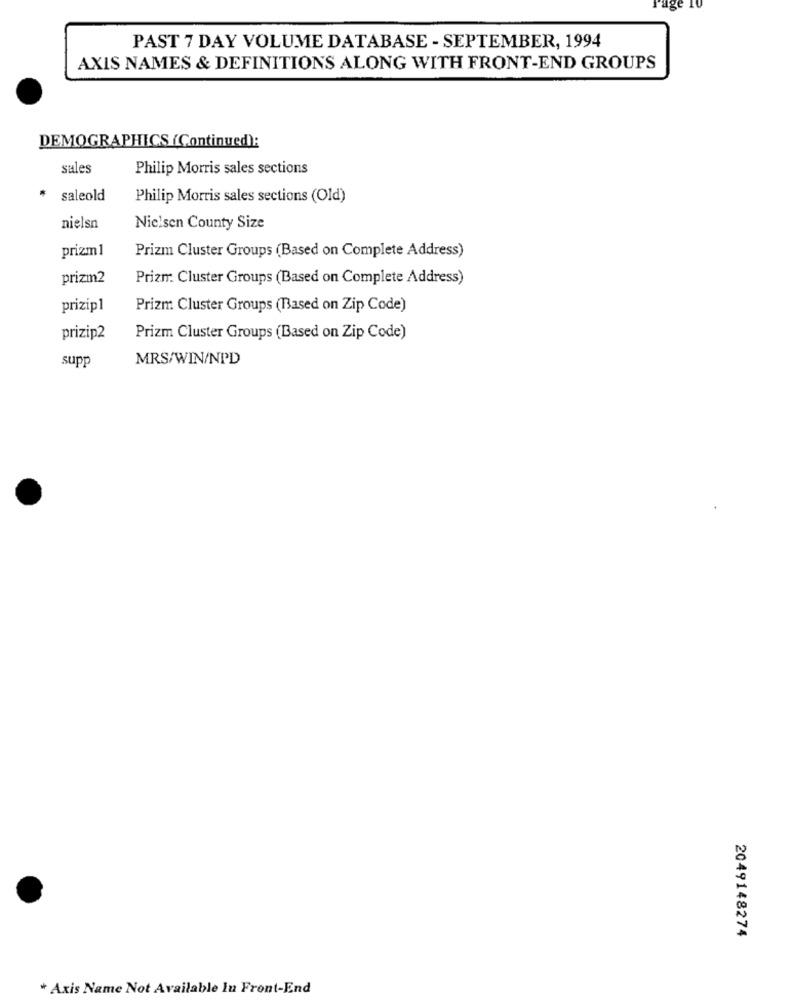
PAST 7 DAY VOLUME DATABASE - SEPTEMBER, 1994
AXIS NAMES & DEFINITIONS ALONG WITH FRONT-END GROUPS
DEMOGRAPHICS (Continued):
sales
Philip Morris sales sections
saleold
Philip Morris sales sections (Old)
nielsn
Nielsen County Size
prizm1
Prizm Cluster Groups (Based on Complete Address)
prizm2
Prizm Cluster Groups (Based on Complete Address)
prizip1
Prizm Cluster Groups (Based on Zip Code)
prizip2
Prizm Cluster Groups (Based on Zip Code)
MRS/WIN/NPD
supp
2049148274
* Axis Name Not Available In Front-End